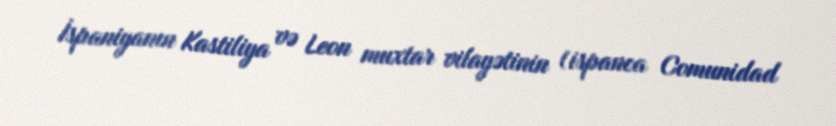
İspaniyanın Kastiliya və Leon muxtar vilayətinin (ispanca Comunidad